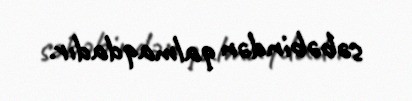
səbəbindən qalmaqdadır.